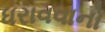
ધરાવવાનો